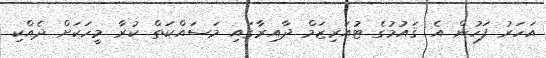
އަހަރު ފަހުން އެ ޤައުމުގެ ޓުއަރިޒަމް ދާއިރާގައި މަސައްކަތް ކުރާ މީހަކަށް ދެއްކި